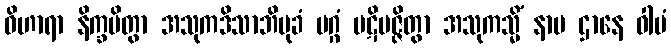
ဝိဟာရာ နိက္ခမိတွာ အသုကဒိသာဘိမုခံ မဂ္ဂံ ပဋိပဇ္ဇိတွာ အသုကသ္မိံ နာမ ဌာနေ ဝါမံ